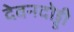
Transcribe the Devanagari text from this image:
देवनदोड्डी